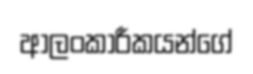
ආලංකාරීකයන්ගේ